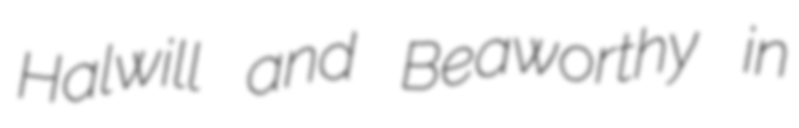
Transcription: Halwill and Beaworthy in